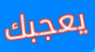
يعجبك